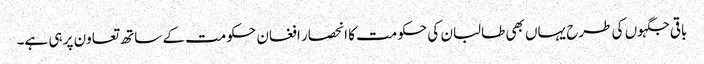
باقی جگہوں کی طرح یہاں بھی طالبان کی حکومت کا انحصار افغان حکومت کے ساتھ تعاون پر ہی ہے۔